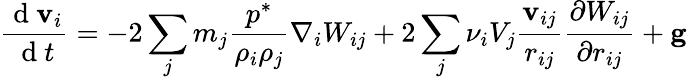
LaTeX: \frac{\mathrm{~d~}\mathbf{v}_{i}}{\mathrm{~d~}t}=-2\sum_{j}m_{j}\frac{{p}^{*}}{\rho_{i}\rho_{j}}\nabla_{i}W_{ij}+2\sum_{j}\nu_{i}V_{j}\frac{\mathbf{v}_{ij}}{r_{ij}}\frac{\partial W_{ij}}{\partial r_{ij}}+\mathbf{g}